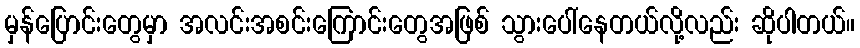
မှန်ပြောင်းတွေမှာ အလင်းအစင်းကြောင်းတွေအဖြစ် သွားပေါ်နေတယ်လို့လည်း ဆိုပါတယ်။